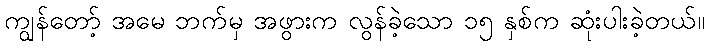
ကျွန်တော့် အမေ ဘက်မှ အဖွားက လွန်ခဲ့သော ၁၅ နှစ်က ဆုံးပါးခဲ့တယ်။